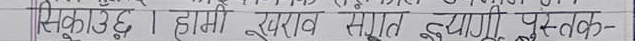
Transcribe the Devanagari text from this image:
स्कूकाउड । हामी खराव सूगत झ्यागी पुस्तक-